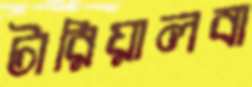
টারিয়ালবা